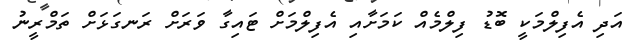
އަދި އެފިލްމަކީ ބޮޑު ފިލްމެއް ކަމަށާއި އެފިލްމަށް ޓައިގާ ވަރަށް ރަނގަޅަށް ތަމްރީނު